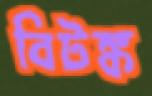
বিটঙ্ক